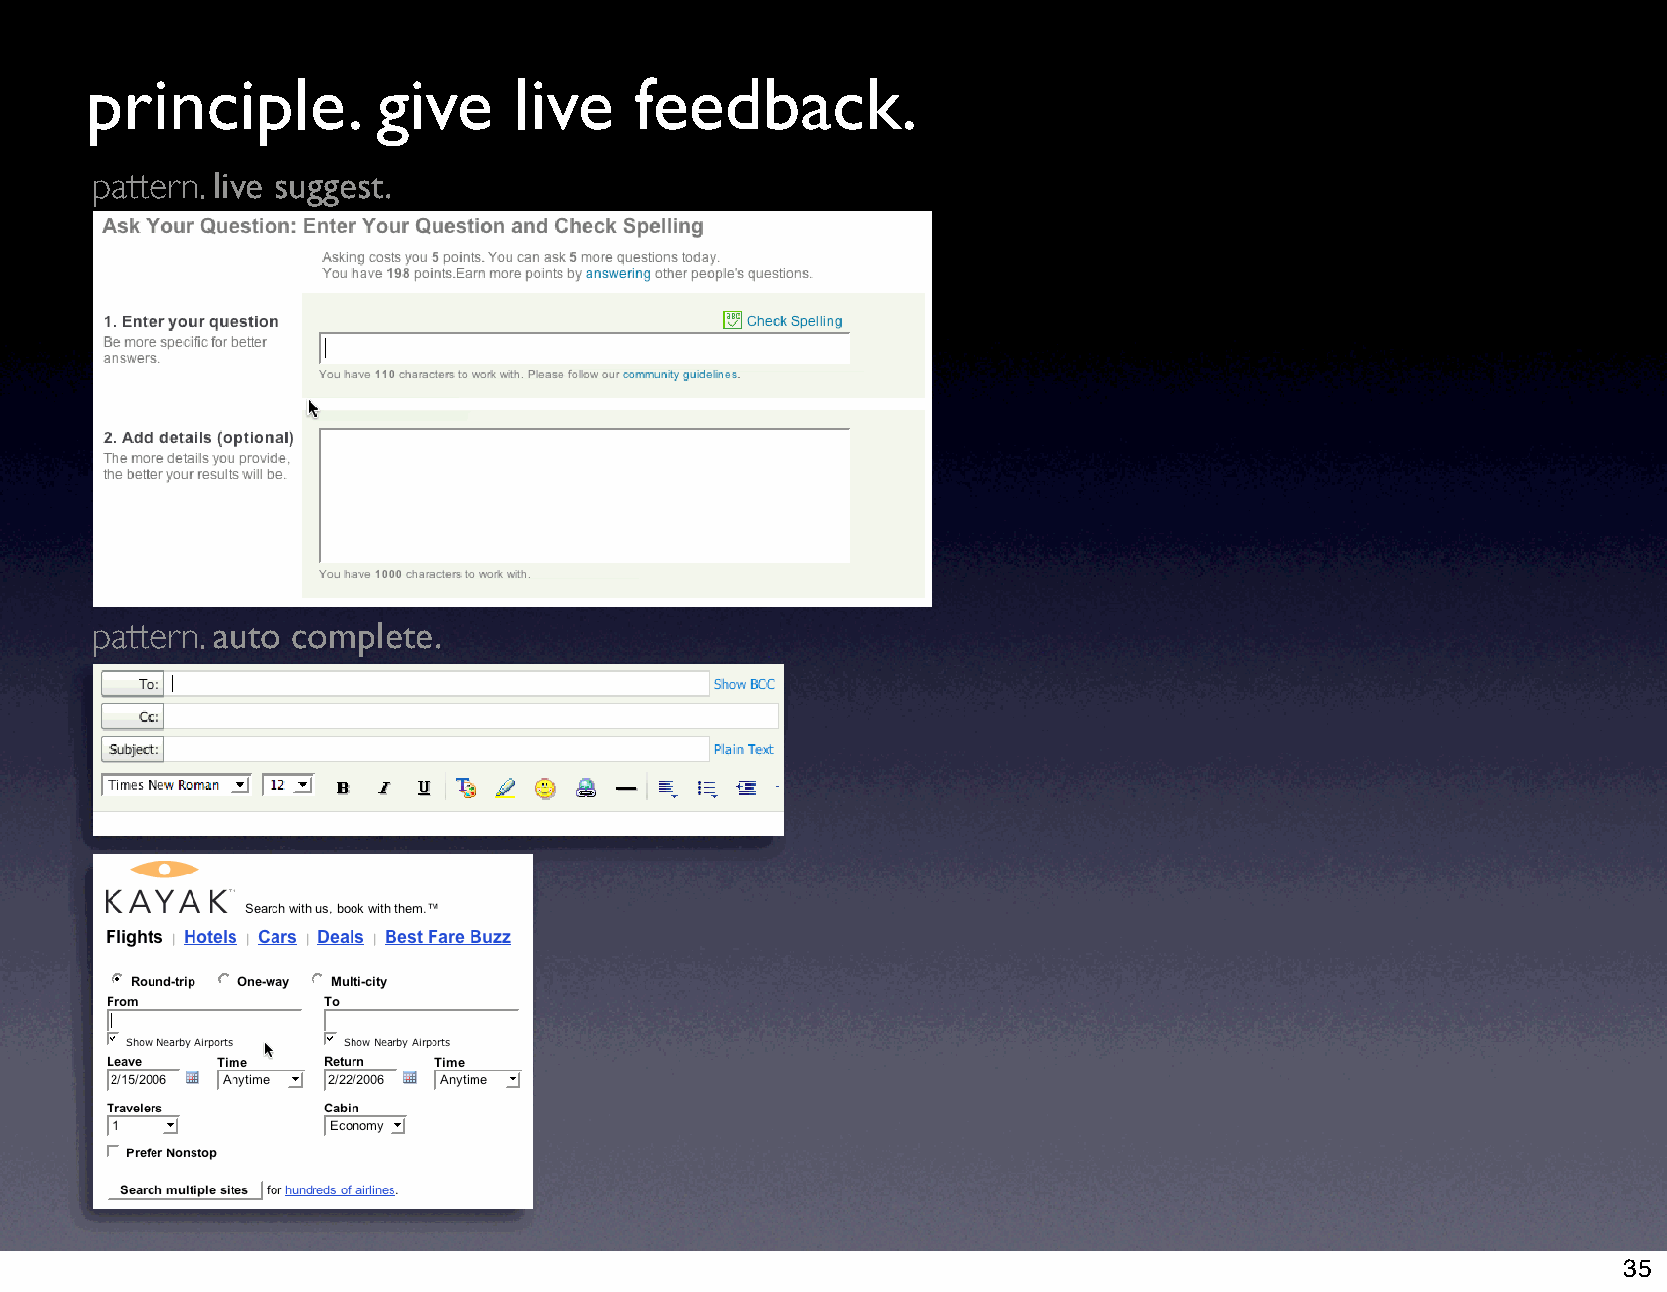
principle.         give     live    feedback.
 pattern. live suggest.
 pattern. auto complete.
 35